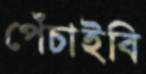
পেঁচাইবি